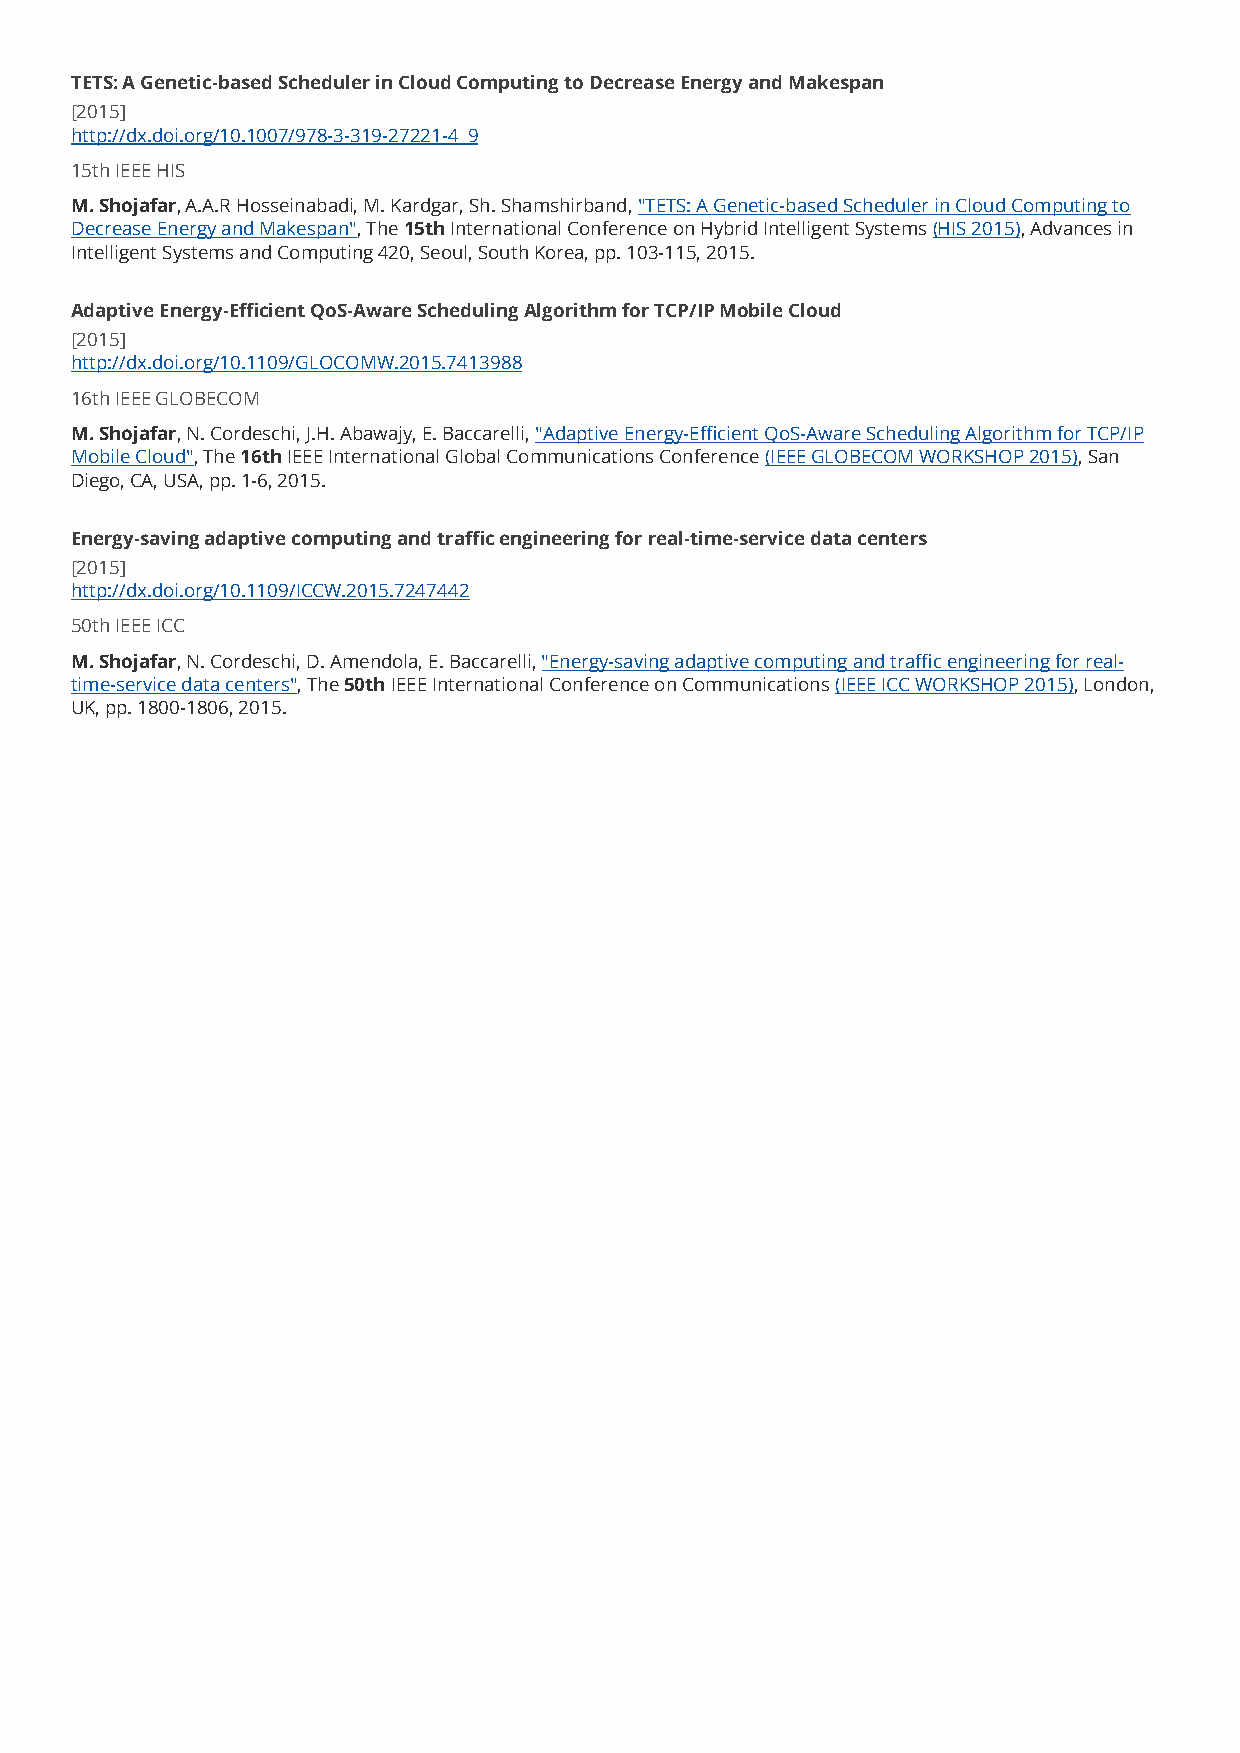
TETS: A Genetic-based Scheduler in Cloud Computing to Decrease Energy and Makespan
 [2015]
 http://dx.doi.org/10.1007/978-3-319-27221-4_9
 15th IEEE HIS
 M. Shojafar, A.A.R Hosseinabadi, M. Kardgar, Sh. Shamshirband, "TETS: A Genetic-based Scheduler in Cloud Computing to
 Decrease Energy and Makespan", The 15th International Conference on Hybrid Intelligent Systems (HIS 2015), Advances in
 Intelligent Systems and Computing 420, Seoul, South Korea, pp. 103-115, 2015.
 Adaptive Energy-Efficient QoS-Aware Scheduling Algorithm for TCP/IP Mobile Cloud
 [2015]
 http://dx.doi.org/10.1109/GLOCOMW.2015.7413988
 16th IEEE GLOBECOM
 M. Shojafar, N. Cordeschi, J.H. Abawajy, E. Baccarelli, "Adaptive Energy-Efficient QoS-Aware Scheduling Algorithm for TCP/IP
 Mobile Cloud", The 16th IEEE International Global Communications Conference (IEEE GLOBECOM WORKSHOP 2015), San
 Diego, CA, USA, pp. 1-6, 2015.
 Energy-saving adaptive computing and traffic engineering for real-time-service data centers
 [2015]
 http://dx.doi.org/10.1109/ICCW.2015.7247442
 50th IEEE ICC
 M. Shojafar, N. Cordeschi, D. Amendola, E. Baccarelli, "Energy-saving adaptive computing and traffic engineering for real-
 time-service data centers", The 50th IEEE International Conference on Communications (IEEE ICC WORKSHOP 2015), London,
 UK, pp. 1800-1806, 2015.